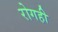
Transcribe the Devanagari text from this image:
रोगही